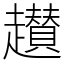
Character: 䟎